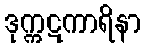
ဒုက္ကဋကာရိနာ